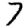
Digit: 7